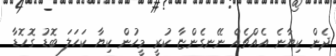
ދެން ކިޔާނެ އެއްޗެއް ނޭނގެންޏާ ކުރީ މީހުން ކިޔާ ކަހަލަ ބޮޑު ގޮހޮޑާ